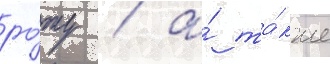
ро́ту / а́ та́кже